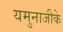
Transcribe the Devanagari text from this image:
यमुनाजीके